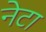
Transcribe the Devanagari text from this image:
नेटा